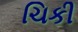
ચિકી